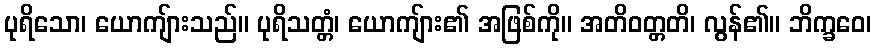
ပုရိသော၊ ယောကျ်ားသည်။ ပုရိသတ္တံ၊ ယောကျ်ား၏ အဖြစ်ကို။ အတိဝတ္တတိ၊ လွန်၏။ ဘိက္ခဝေ၊